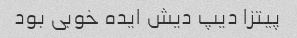
پیتزا دیپ دیش ایده خوبی بود